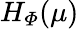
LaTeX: H_{\mathit{\Phi}}(\mu)